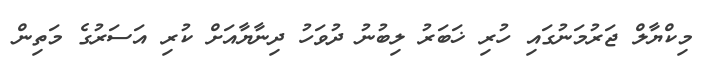
މިކްޔާލް ޖަރުމަނުގައި ހުރި ޚަބަރު ލިބުނު ދުވަހު ދިނާޔާއަށް ކުރި އަސަރުގެ މަތިން